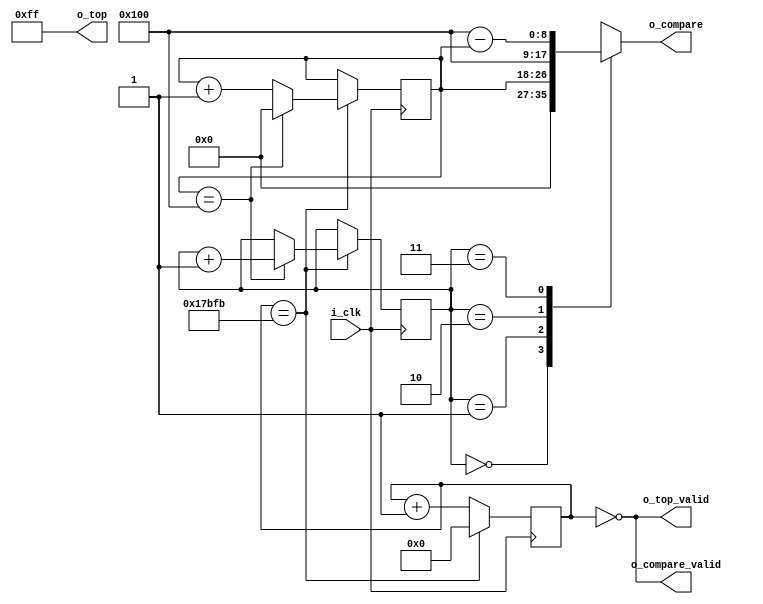
`default_nettype none

module pwm_sequencer (
  input wire        i_clk,

  output wire [7:0] o_top,
  output wire       o_top_valid,
  output wire [8:0] o_compare,
  output wire       o_compare_valid
);

  // localparam STEP = PERIOD/(TOP+1);
  localparam STEP = 97_276; // = 25_000_000/(256+1)
  localparam STEP_WIDTH = $clog2(STEP);
  
  reg [STEP_WIDTH-1:0]   r_step_count = 0;
  reg [8:0]   r_compare = 0;
  reg [1:0]   r_phase = 0;

  assign o_top = 8'hff;
  wire w_valid = r_step_count == 0;
  assign o_top_valid = w_valid;
  assign o_compare_valid = w_valid;

  reg [8:0] r_output;
  always @(*) begin
    case (r_phase)
    2'd0: r_output = 9'h000;
    2'd1: r_output = r_compare;
    2'd2: r_output = 9'h100;
    2'd3: r_output = 9'h100 - r_compare;
    endcase
  end
  assign o_compare = r_output;

  always @(posedge i_clk) begin
    if (r_step_count == STEP-1) begin
      r_step_count <= 0;

      if (r_compare == 9'h100) begin
        r_compare <= 0;
        r_phase <= r_phase + 1;
      end else begin
        r_compare <= r_compare + 1;
      end
    end else begin
      r_step_count <= r_step_count + 1;
    end
  end

endmodule